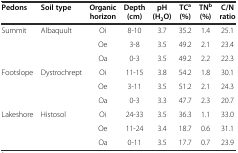
<table><thead><tr><td><b>Pedons</b></td><td><b>Soil type</b></td><td><b>Organic horizon</b></td><td><b>Depth (cm)</b></td><td><b>pH (H<sub>2</sub>O)</b></td><td><b>TC<sup>a</sup>(%)</b></td><td><b>TN<sup>b</sup>(%)</b></td><td><b>C/N ratio</b></td></tr></thead><tbody><tr><td>Summit</td><td>Albaquult</td><td>Oi</td><td>8-10</td><td>3.7</td><td>35.2</td><td>1.4</td><td>25.1</td></tr><tr><td></td><td></td><td>Oe</td><td>3-8</td><td>3.5</td><td>49.2</td><td>2.1</td><td>23.4</td></tr><tr><td></td><td></td><td>Oa</td><td>0-3</td><td>3.5</td><td>49.2</td><td>2.2</td><td>22.3</td></tr><tr><td>Footslope</td><td>Dystrochrept</td><td>Oi</td><td>11-15</td><td>3.8</td><td>54.2</td><td>1.8</td><td>30.1</td></tr><tr><td></td><td></td><td>Oe</td><td>3-11</td><td>3.5</td><td>51.2</td><td>2.1</td><td>24.3</td></tr><tr><td></td><td></td><td>Oa</td><td>0-3</td><td>3.3</td><td>47.7</td><td>2.3</td><td>20.7</td></tr><tr><td>Lakeshore</td><td>Histosol</td><td>Oi</td><td>24-33</td><td>3.5</td><td>36.3</td><td>1.1</td><td>33.0</td></tr><tr><td></td><td></td><td>Oe</td><td>11-24</td><td>3.4</td><td>18.7</td><td>0.6</td><td>31.1</td></tr><tr><td></td><td></td><td>Oa</td><td>0-11</td><td>3.5</td><td>17.7</td><td>0.7</td><td>23.9</td></tr></tbody></table>